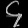
Digit: ၄